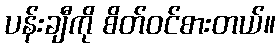
ပန်းချီကို စိတ်ဝင်စားတယ်။